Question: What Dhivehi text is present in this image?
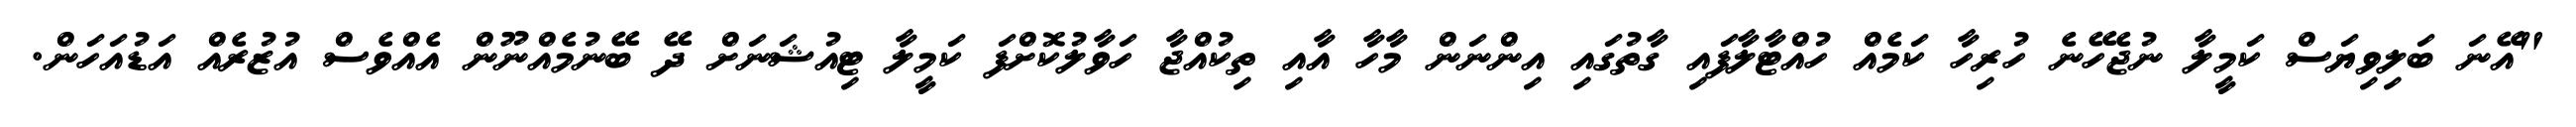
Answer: "އޭނަ ބަލިވިޔަސް ކަމީލާ ނުޖެހޭނެ ހުރިހާ ކަމެއް ހުއްޓާލާފައި ގާތުގައި އިންނަން މާހާ އާއި ތިކުއްޖާ ހަވާލުކޮށްފަ ކަމީލާ ޓިއުޝަނަށް ދޭ ބޭނުމެއްނޫން އެއްވެސް އުޒުރެއް އަޑުއަހަން.